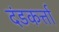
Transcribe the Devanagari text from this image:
दंडकर्त्ता